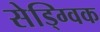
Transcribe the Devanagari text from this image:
सेड्ग्विक